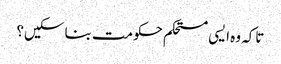
تاکہ وہ ایسی مستحکم حکومت بنا سکیں؟